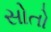
સોતો